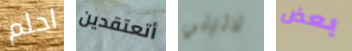
احلم أتعتقدين لاتيني بعض